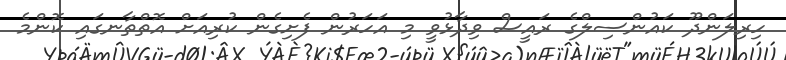
ހިރިލަންދޫ ކައުންސިލްގެ ރައީސް ވިދާޅުވީ މި އަހަރުން ފެށިގެން ކުރިއަށް އޮތްތާނގައި ކޮންމެ